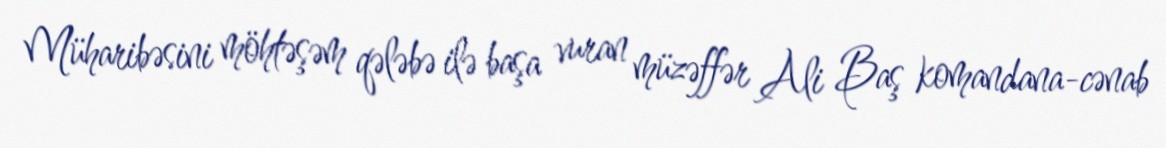
Müharibəsini möhtəşəm qələbə ilə başa vuran müzəffər Ali Baş komandana-cənab